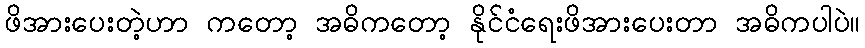
ဖိအားပေးတဲ့ဟာ ကတော့ အဓိကတော့ နိုင်ငံရေးဖိအားပေးတာ အဓိကပါပဲ။